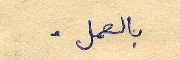
بالعمل .